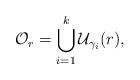
LaTeX: \begin{align*}\mathcal O_r=\bigcup_{i=1}^k \mathcal U_{\gamma_i}(r),\end{align*}